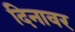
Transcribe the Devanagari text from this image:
दिनावर